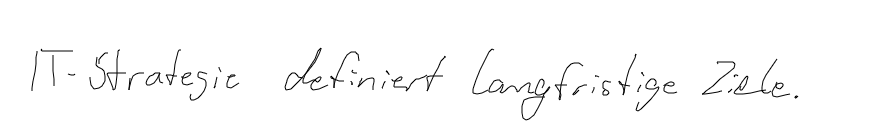
IT-Strategie definiert langfristige Ziele.